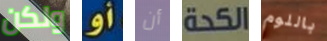
ولكن أو أن الكحة باللوم